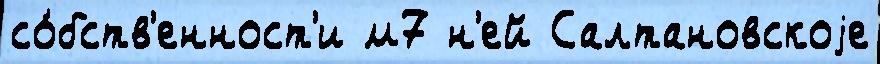
со́бств'енност'и м7 н'ей Салтановскоjе